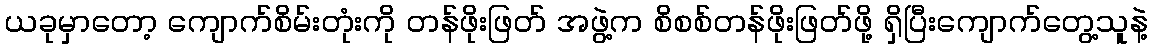
ယခုမှာတော့ ကျောက်စိမ်းတုံးကို တန်ဖိုးဖြတ် အဖွဲ့က စိစစ်တန်ဖိုးဖြတ်ဖို့ ရှိပြီးကျောက်တွေ့သူနဲ့